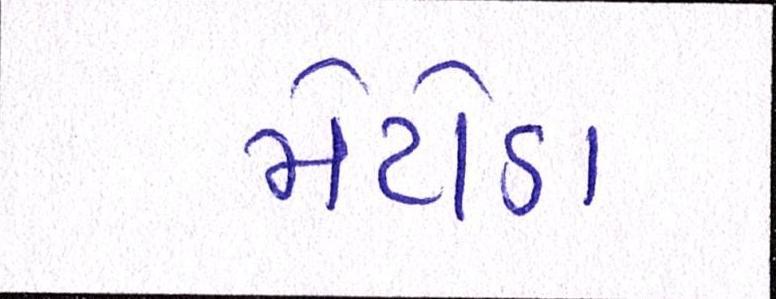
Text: મેટોડા